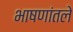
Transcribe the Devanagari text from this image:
भाषणांतले